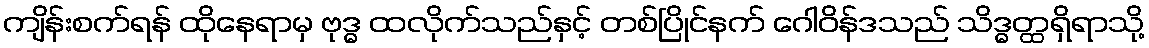
ကျိန်းစက်ရန် ထိုနေရာမှ ဗုဒ္ဓ ထလိုက်သည်နှင့် တစ်ပြိုင်နက် ဂေါဝိန်ဒသည် သိဒ္ဓတ္ထရှိရာသို့